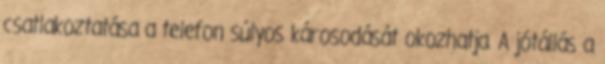
csatlakoztatása a telefon súlyos károsodását okozhatja. A jótállás a